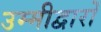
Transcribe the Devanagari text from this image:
उम्मीद्वारों